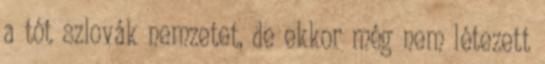
a tót szlovák nemzetet, de ekkor még nem létezett